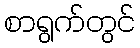
စာရွက်တွင်